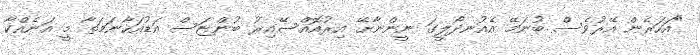
"އަހަރެން އޭރުވެސް ބުނަމޭ އެއުނދޯލީގަ ނީންނާށޭ އިރުއޮއްސޭއިރު ބުންޏަސް އަޑުއަހާނަމަތާ މީ އަނެއްކާ